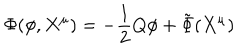
LaTeX: \Phi ( \phi , X ^ { \mu } ) = - \frac { 1 } { 2 } Q \phi + { \tilde { \Phi } } ( X ^ { \mu } )